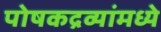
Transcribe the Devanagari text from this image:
पोषकद्रव्यांमध्ये